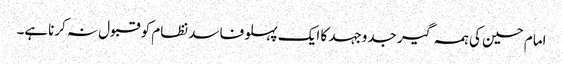
امام حسین کی ہمہ گیر جدوجہد کا ایک پہلو فاسد نظام کو قبول نہ کرناہے۔